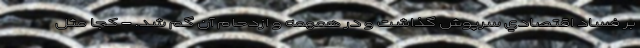
بر فساد اقتصادي سرپوش گذاشت و در همهمه و ازدحام آن گم شد. - كجا مثل